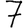
Digit: 7